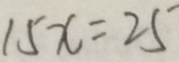
1 5 x = 2 5